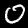
Digit: 0